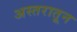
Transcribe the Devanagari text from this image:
अस्तरातून